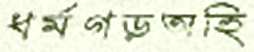
ধর্মগড়অহি